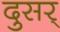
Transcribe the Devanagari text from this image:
दुसर्